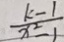
\frac { k - 1 } { x ^ { 2 } - 1 }